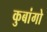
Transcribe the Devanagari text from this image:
कुबांगो